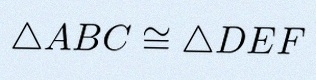
\triangle ABC\cong\triangle DEF